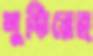
শুকিয়েছ